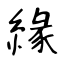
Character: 緣